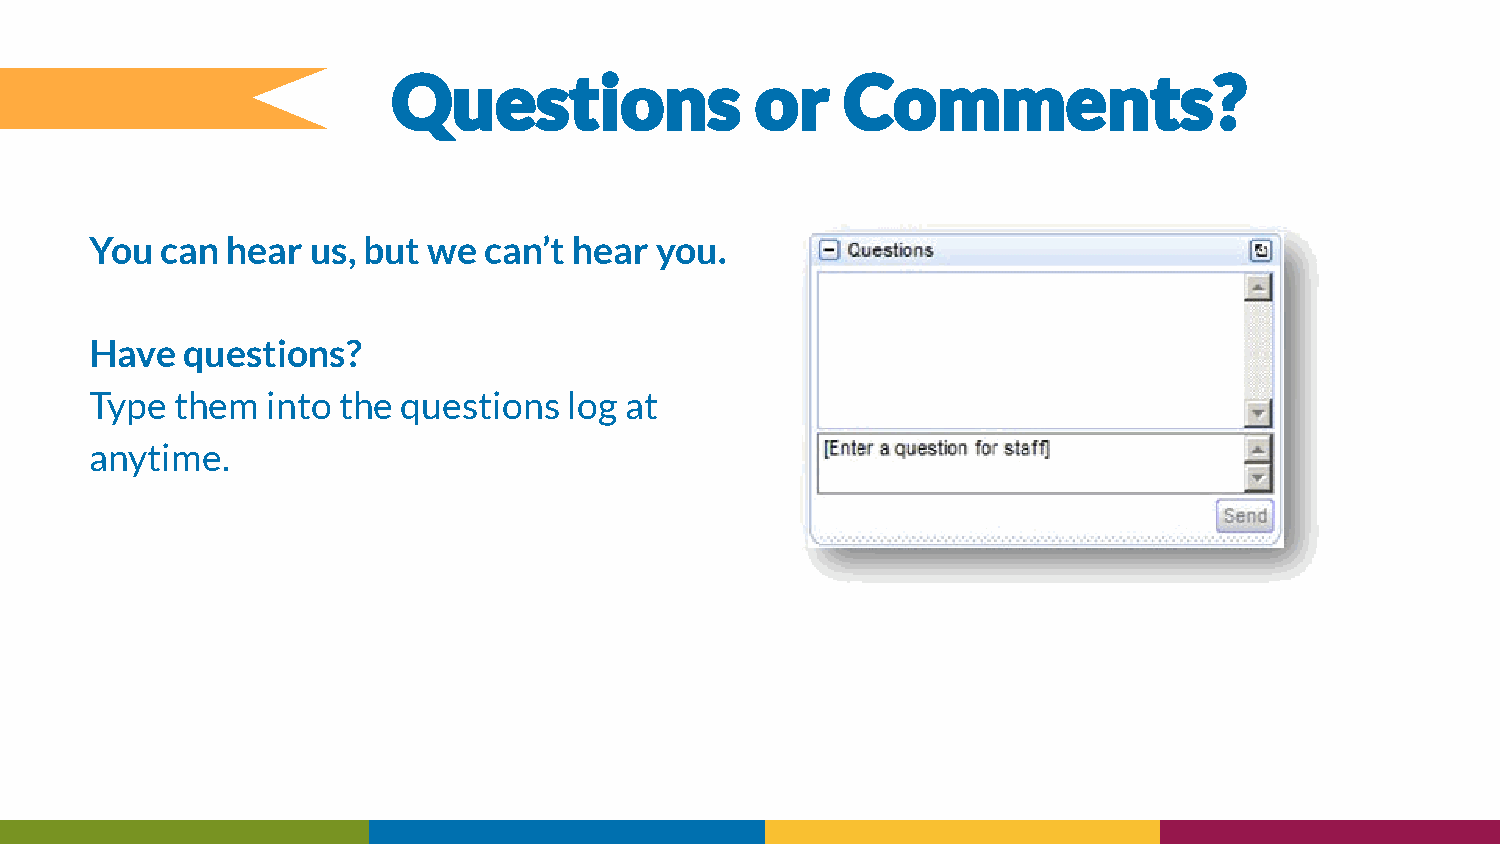
You  can hear  us, but we can’t hear you.
 Have  questions?
 Type  them  into the questions  log at
 anytime.